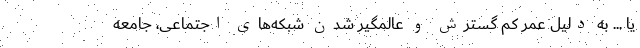
یا ... به دلیل عمر کم گسترش و عالمگیر شدن شبکه‌های اجتماعی، جامعه